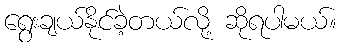
ရွေးချယ်နိုင်ခဲ့တယ်လို့ ဆိုရပါမယ်။